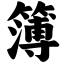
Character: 簿